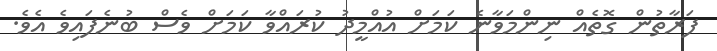
ފަރާތުން ގޮތެއް ނިންމަވާނެ ކަމަށް އުއްމީދު ކުރައްވާ ކަމަށް ވެސް ބުނެފައިވެ އެވެ.